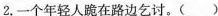
2.一个年轻人跪在路边乞讨。()